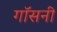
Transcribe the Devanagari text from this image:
गॉसनी